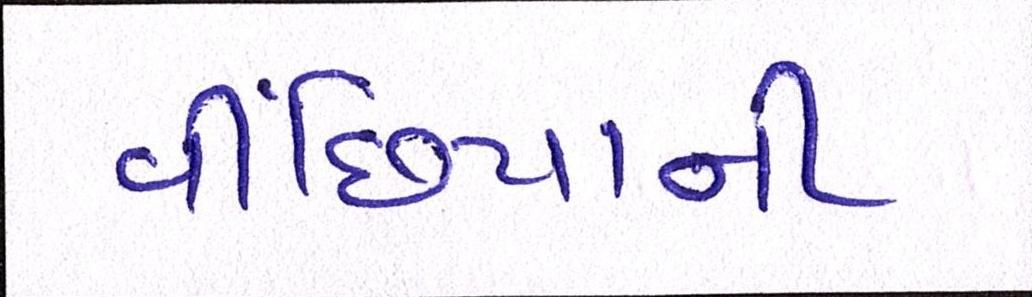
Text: વીંછિયાની